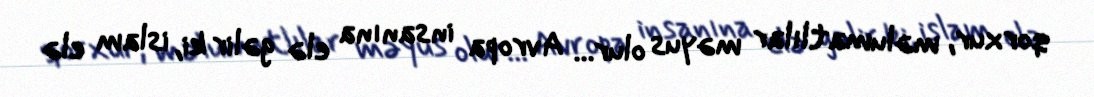
qorxur, məlumatlılar məyus olur... Avropa insanına elə gəlir ki, islam elə